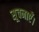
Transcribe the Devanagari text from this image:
सूचनाएँ।